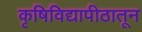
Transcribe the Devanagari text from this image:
कृषिविद्यापीठातून